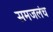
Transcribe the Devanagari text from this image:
समजलंच